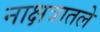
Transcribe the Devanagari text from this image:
नाक्षत्रातले